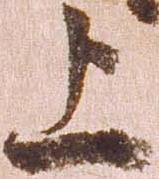
上